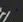
قد